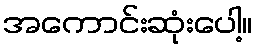
အကောင်းဆုံးပေါ့။